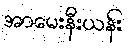
အာမေးနီးယန်း